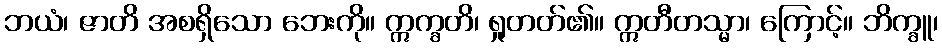
ဘယံ၊ ဇာတိ အစရှိသော ဘေးကို။ ဣက္ခတိ၊ ရှုတတ်၏။ ဣတီတသ္မာ၊ ကြောင့်။ ဘိက္ခူ၊